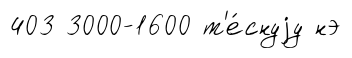
403 3000-1600 т'е́снуjу нэ